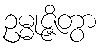
ဥမ္မုဇ္ဇိတွာ